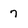
Character: 7